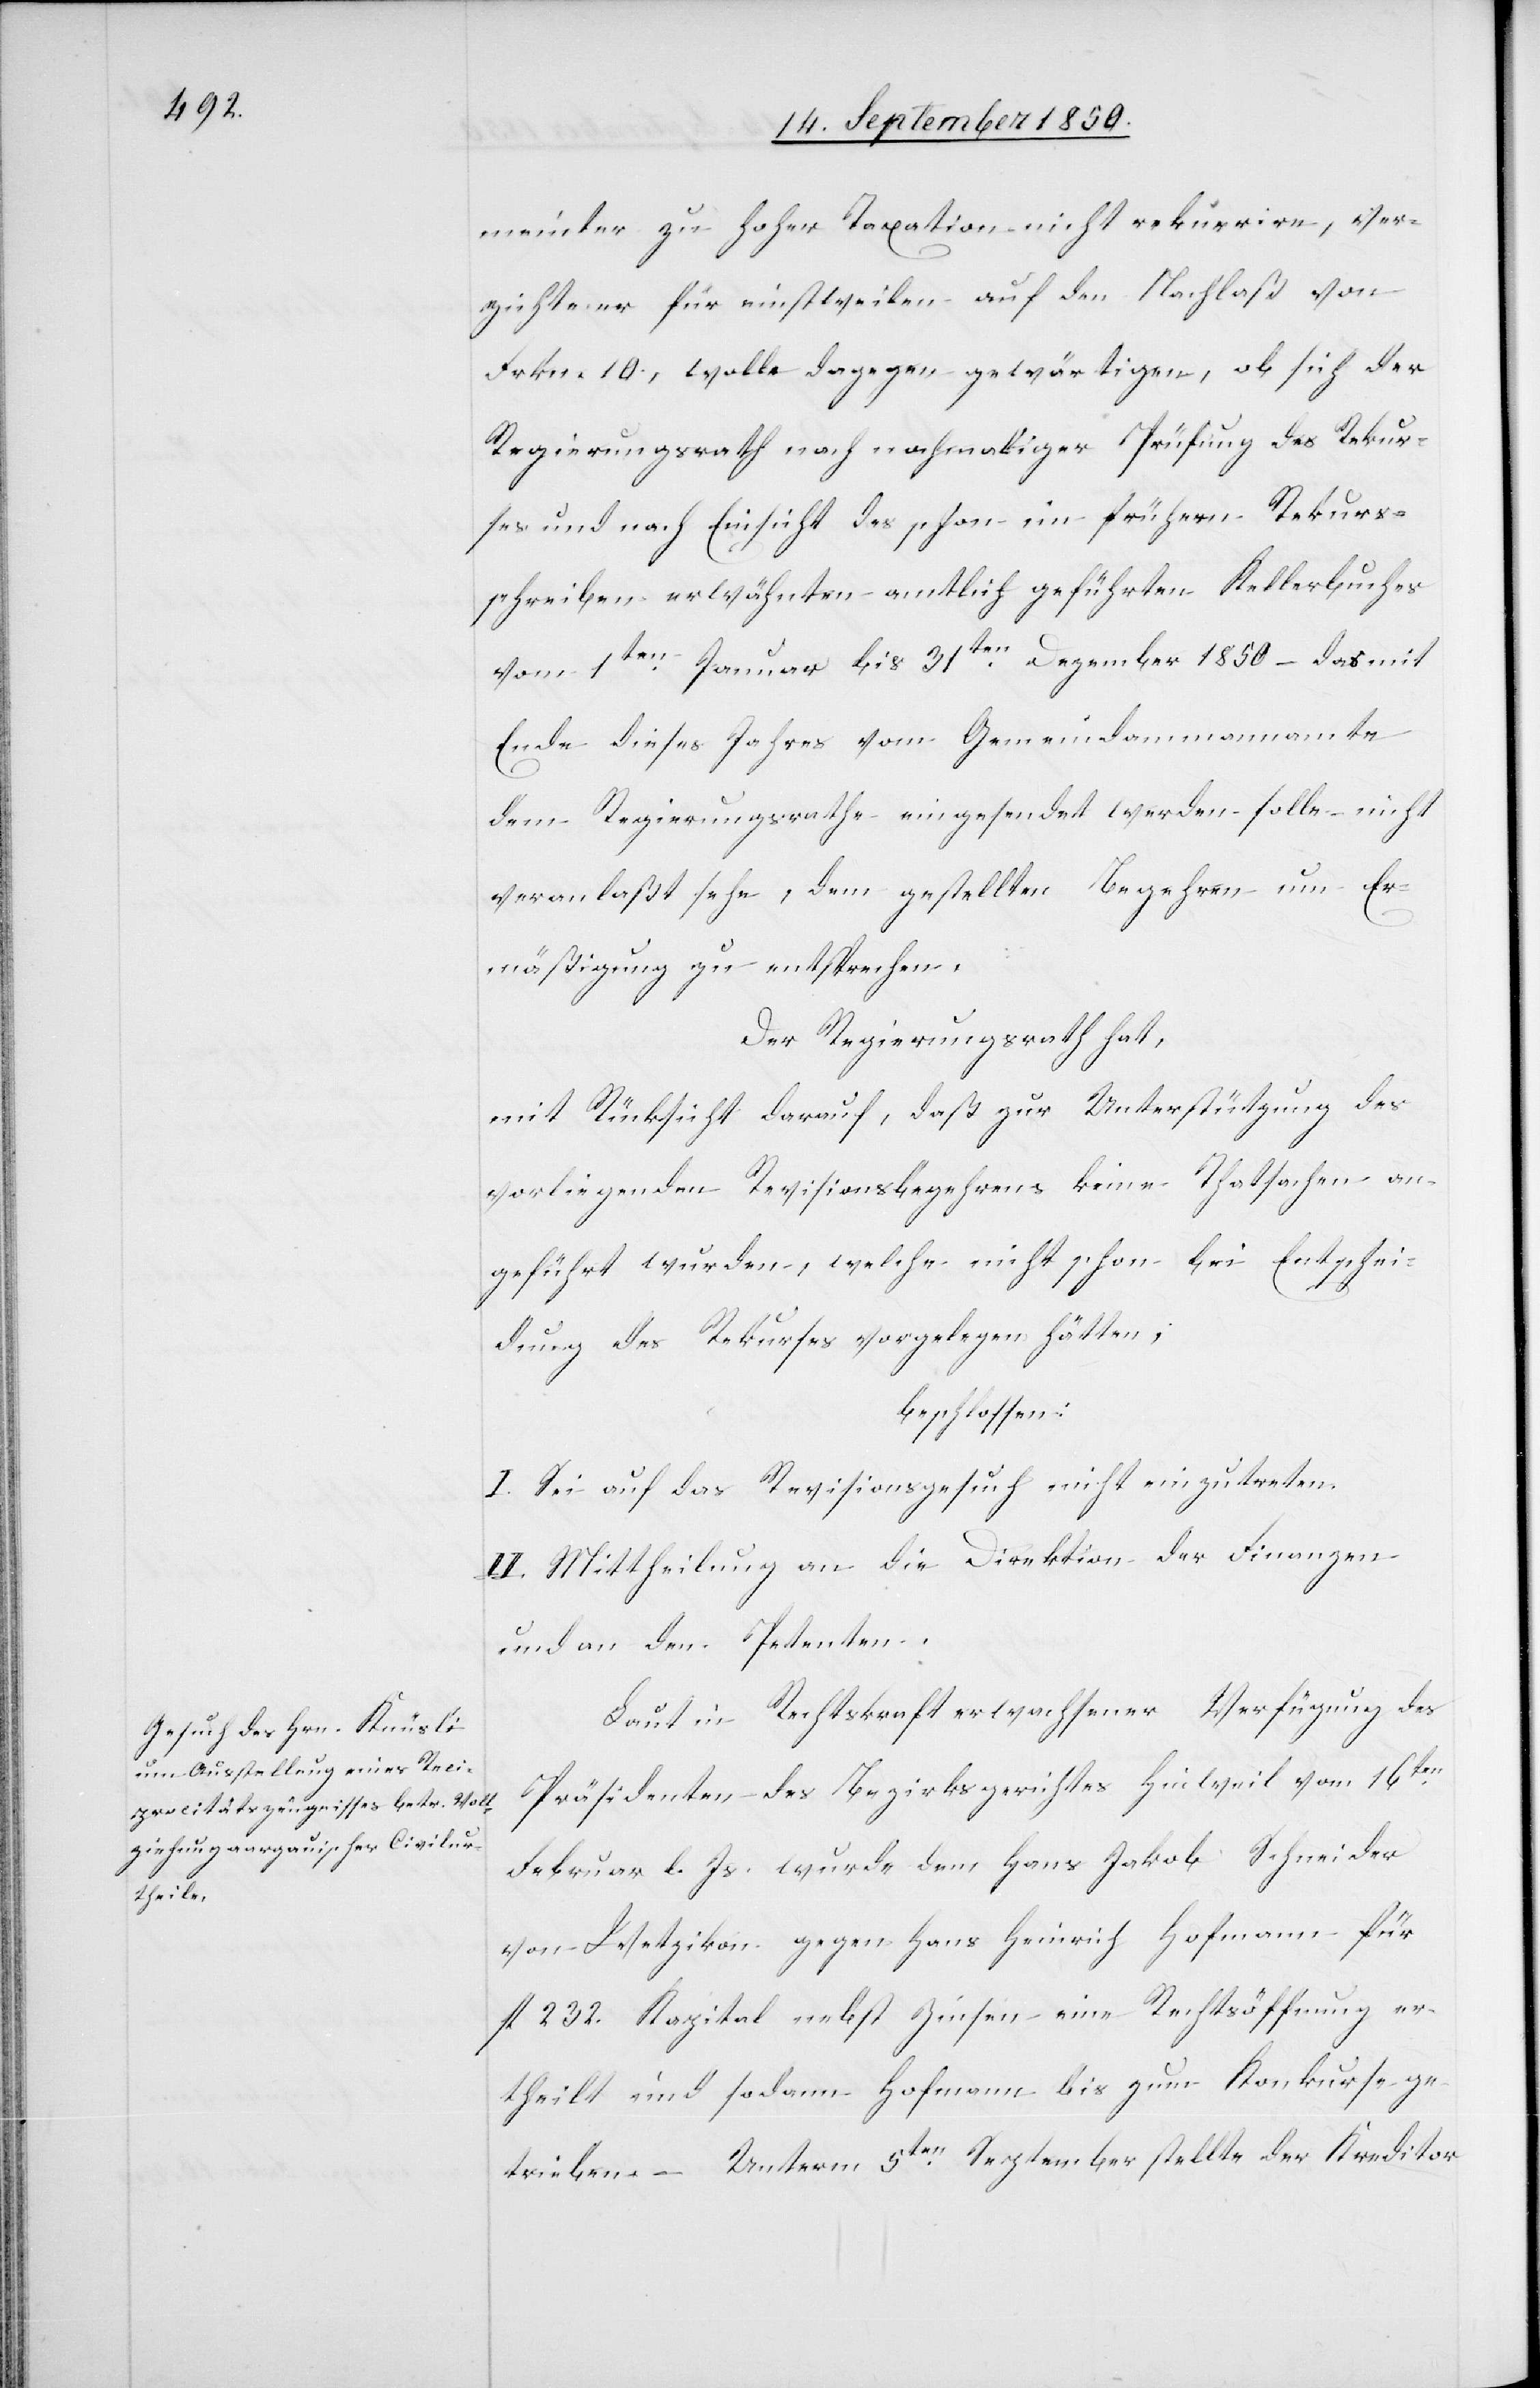
meinter zu hoher Taxation nicht rekurrire, ver¬
zichte er für einstweilen auf den Nachlaß von
Frkn. 10., wolle dagegen gewärtigen, ob sich der
Regierungsrath nach nochmaliger Prüfung des Rekur¬
ses und nach Einsicht des schon im frühern Rekurs¬
schreiben erwähnten amtlich geführten Kellerbuches
vom 1ten Januar bis 31ten Dezember 1850 – das mit
Ende dieses Jahres vom Gemeindammannamte
dem Regierungsrathe eingesendet werden solle – nicht
veranlaßt sehe, dem gestellten Begehren um Er¬
mäßigung zu entsprechen.
Der Regierungsrath hat,
mit Rücksicht darauf, daß zur Unterstützung des
vorliegenden Revisionsbegehrens keine Thatsachen an¬
geführt wurden, welche nicht schon bei Entschei¬
dung des Rekurses vorgelegen hätten,
beschlossen:
I. Sei auf das Revisionsgesuch nicht einzutreten.
II. Mittheilung an die Direktion der Finanzen
und an den Petenten.
Laut in Rechtskraft erwachsener Verfügung des
Präsidenten des Bezirksgerichtes Hinweil vom 16ten
Februar l. Js. wurde dem Hans Jakob Schneider
von Wetzikon gegen Hans Heinrich Hofmann für
fl 232. Kapital nebst Zinsen eine Rechtsöffnung er¬
theilt und sodann Hofmann bis zum Konkurse ge¬
trieben – Unterm 5ten September stellte der Kreditor